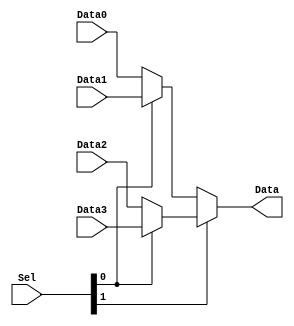
module Mux4_1_3(
input  [2:0]Data0,Data1,Data2,Data3,
input [1:0] Sel,
output [2:0]Data
);

assign Data = (Sel[1] == 1'b0)?((Sel[0] == 1'b0)?(Data0):(Data1)):((Sel[0] == 1'b0)?(Data2):(Data3));

endmodule